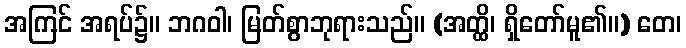
အကြင် အရပ်၌။ ဘဂဝါ၊ မြတ်စွာဘုရားသည်။ (အတ္ထိ၊ ရှိတော်မူ၏။) တေ၊